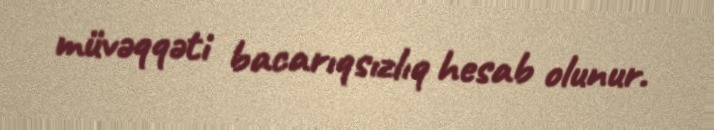
müvəqqəti bacarıqsızlıq hesab olunur.